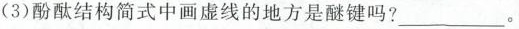
(3)酚酞结构简式中画虚线的地方是醚键吗?___。